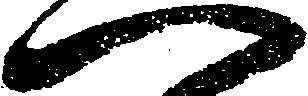
へ